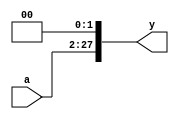
`timescale 1ns / 1ps
//////////////////////////////////////////////////////////////////////////////////
// Company: 
// Engineer: 
// 
// Design Name: 
// Module Name:    Shift25 
// Project Name: 
// Target Devices: 
// Tool versions: 
// Description: 
//
// Dependencies: 
//
// Revision: 
// Revision 0.01 - File Created
// Additional Comments: 
//
//////////////////////////////////////////////////////////////////////////////////
module Shift25(
    input [25:0] a,
    output [27:0] y
    );
	assign y={a[25:0],2'b00};

endmodule